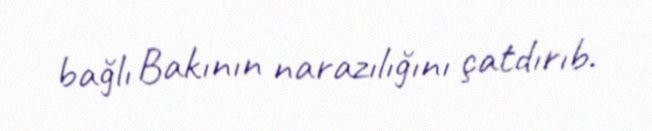
bağlı Bakının narazılığını çatdırıb.